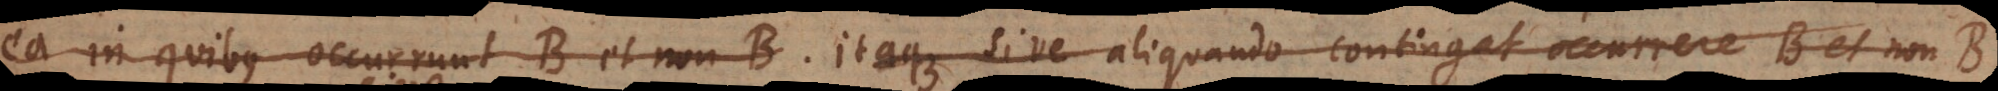
ea in quibus occurrunt B et non‐B. Itaque sive aliquando contingat occurrere B et non‐B